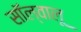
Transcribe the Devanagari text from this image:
सॉल्वालू